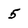
Character: 5